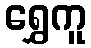
ရွှေကူ